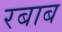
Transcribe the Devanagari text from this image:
रबाब